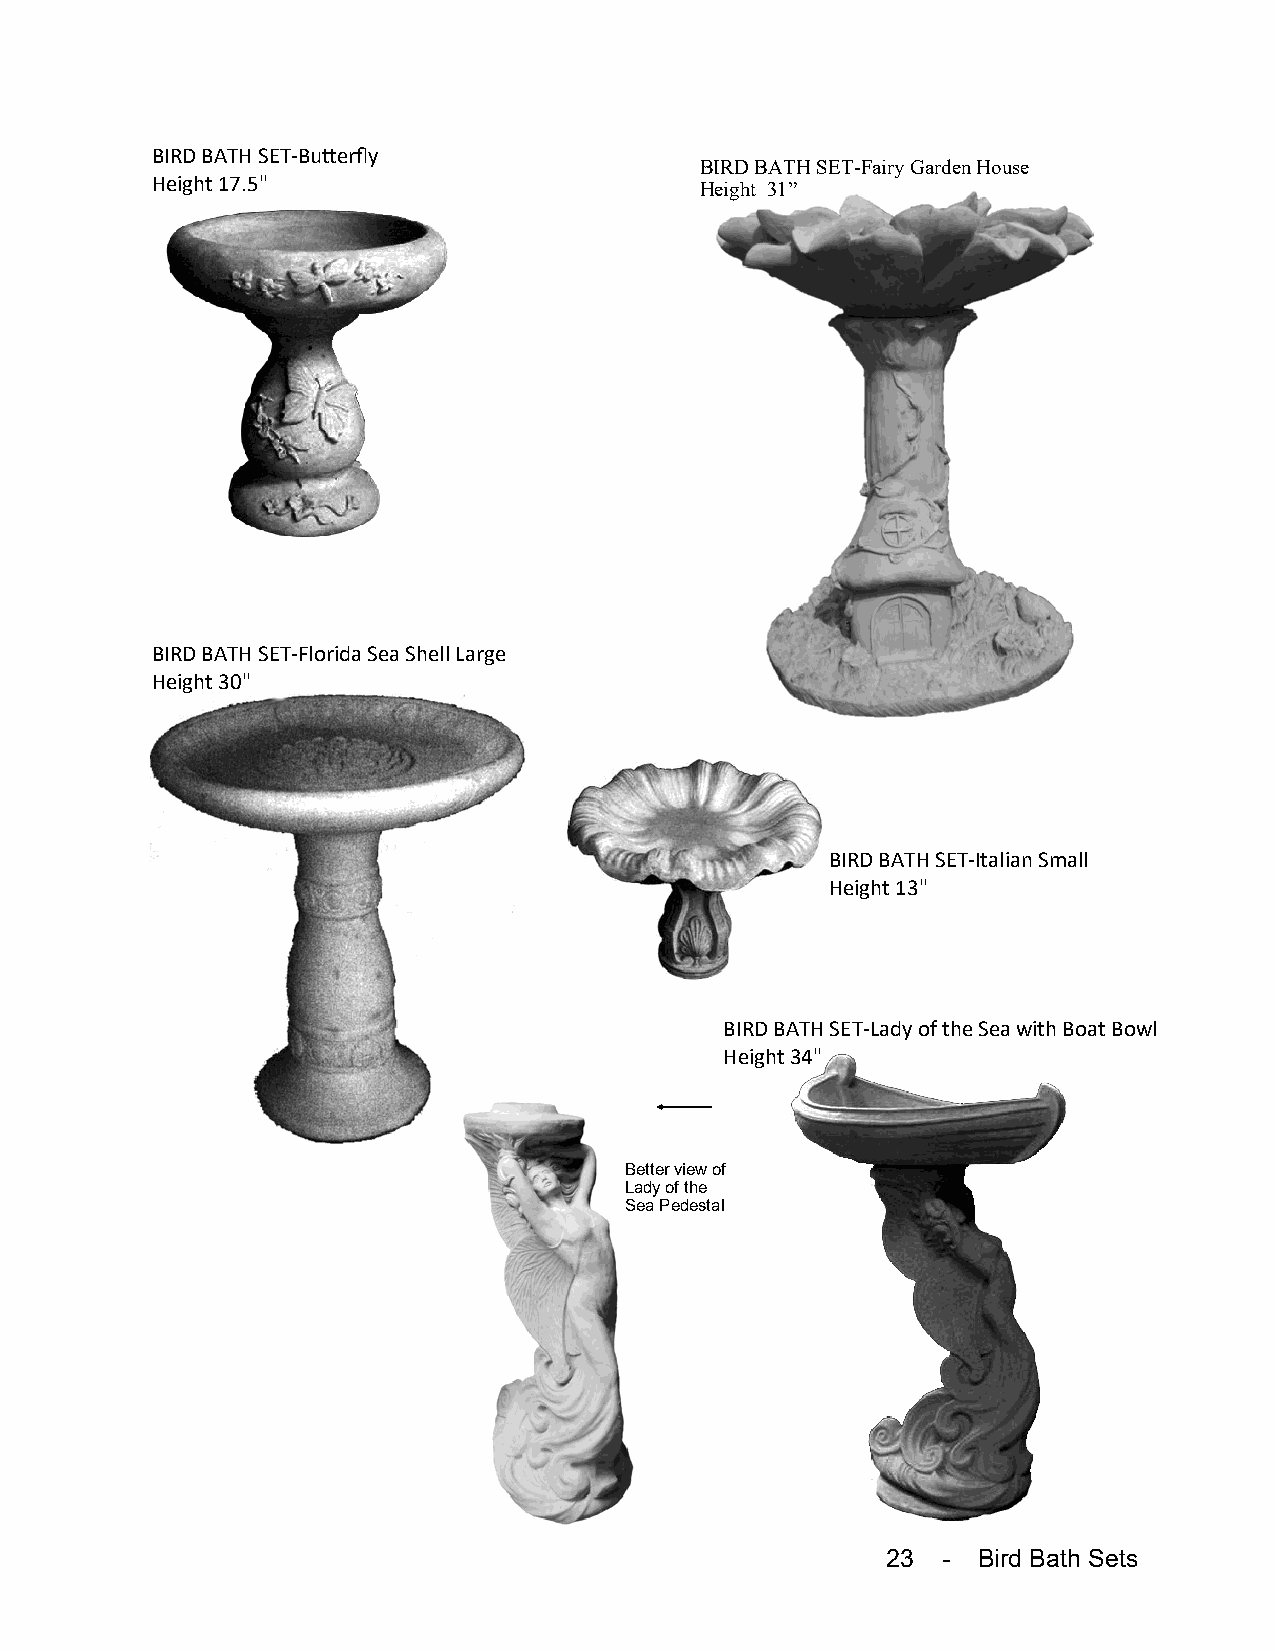
BIRD BATH SET-Butterfly
 BIRD BATH SET-Fairy Garden House
 Height 17.5"                        Height 31”
 BIRD BATH SET-Florida Sea Shell Large
 Height 30"
 BIRD BATH SET-Italian Small
 Height 13"
 BIRD BATH SET-Lady of the Sea with Boat Bowl
 Height 34"
 Better view of
 Lady of the
 Sea Pedestal
 23 -  Bird Bath Sets